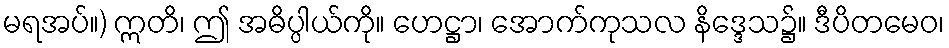
မရအပ်။) ဣတိ၊ ဤ အဓိပ္ပါယ်ကို။ ဟေဋ္ဌာ၊ အောက်ကုသလ နိဒ္ဒေသ၌။ ဒီပိတမေဝ၊